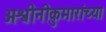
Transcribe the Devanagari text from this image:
अश्वीनीकुमारांच्या